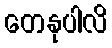
တေနုပါလိ